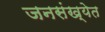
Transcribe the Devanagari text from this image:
जनसंख्येत